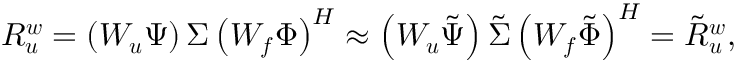
\boldsymbol { R _ { u } ^ { w } } = \left( \boldsymbol { W _ { u } } \boldsymbol { \Psi } \right) \boldsymbol { \Sigma } \left( \boldsymbol { W _ { f } } \boldsymbol { \Phi } \right) ^ { H } \approx \left( \boldsymbol { W _ { u } } \boldsymbol { \tilde { \Psi } } \right) \boldsymbol { \tilde { \Sigma } } \left( \boldsymbol { W _ { f } } \boldsymbol { \tilde { \Phi } } \right) ^ { H } = \boldsymbol { \tilde { R } _ { u } ^ { w } } ,